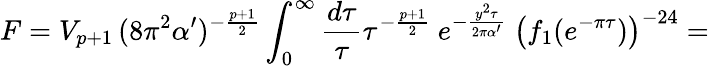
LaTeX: F=V_{p+1}\, (8\pi^{2}\alpha^{\prime})^{-\frac{p+1}{2}}\int_{0}^{\infty}\frac{d\tau}{\tau}\tau^{-\frac{p+1}{2}}~e^{-\frac{y^{2}\tau}{2\pi\alpha^{\prime}}}~\left(f_{1}(e^{-\pi\tau})\right)^{-24}=